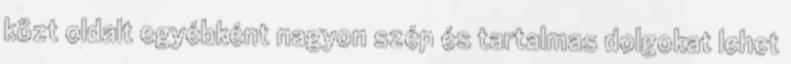
közt oldalt egyébként nagyon szép és tartalmas dolgokat lehet